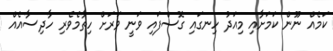
ކަމެއް ނޫން ކަމަށާއި މިއަދު ހިނގައި ގޮސްފައި ވަނީ ވަރަށް ހިތާމެވެރި ހާދިސާއެއް